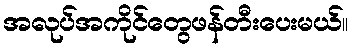
အလုပ်အကိုင်တွေဖန်တီးပေးမယ်။